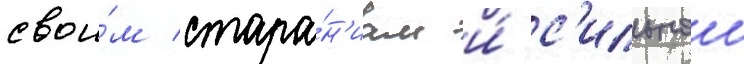
свои́м стара́н'иам и́ с'ильнои